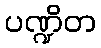
ပဏ္ဍိတ